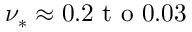
\nu _ { * } \approx 0 . 2 \mathrm { ~ t ~ o ~ } 0 . 0 3